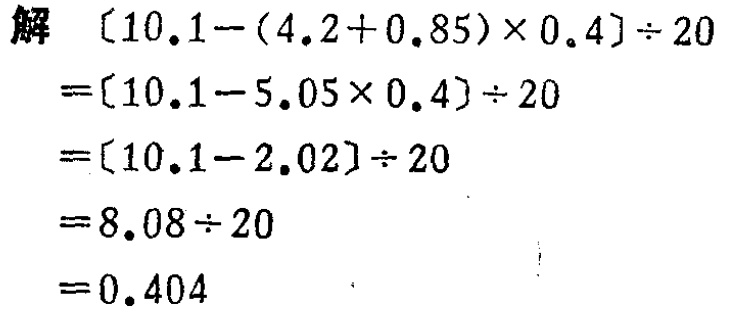
解 \([10.1 - (4.2 + 0.85)\times0.4]\div20\)

\(=[10.1 - 5.05\times0.4]\div20\)

\(=[10.1 - 2.02]\div20\)

\(=8.08\div20\)

\(=0.404\)